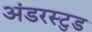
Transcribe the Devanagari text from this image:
अंडरस्टुड